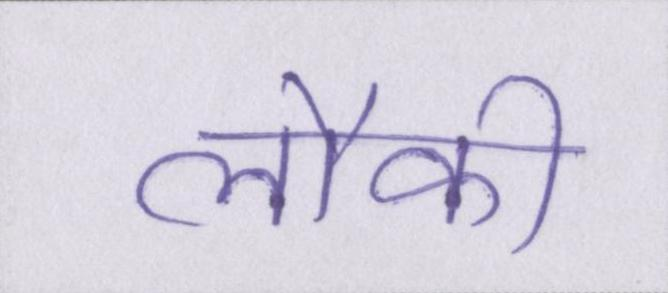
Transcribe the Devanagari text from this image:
लौकी